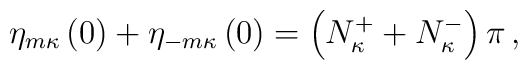
\eta_{m\kappa}\left(0\right)+\eta_{-m\kappa}\left(0\right)=\left(N_\kappa^++N_\kappa^-\right)\pi\,,